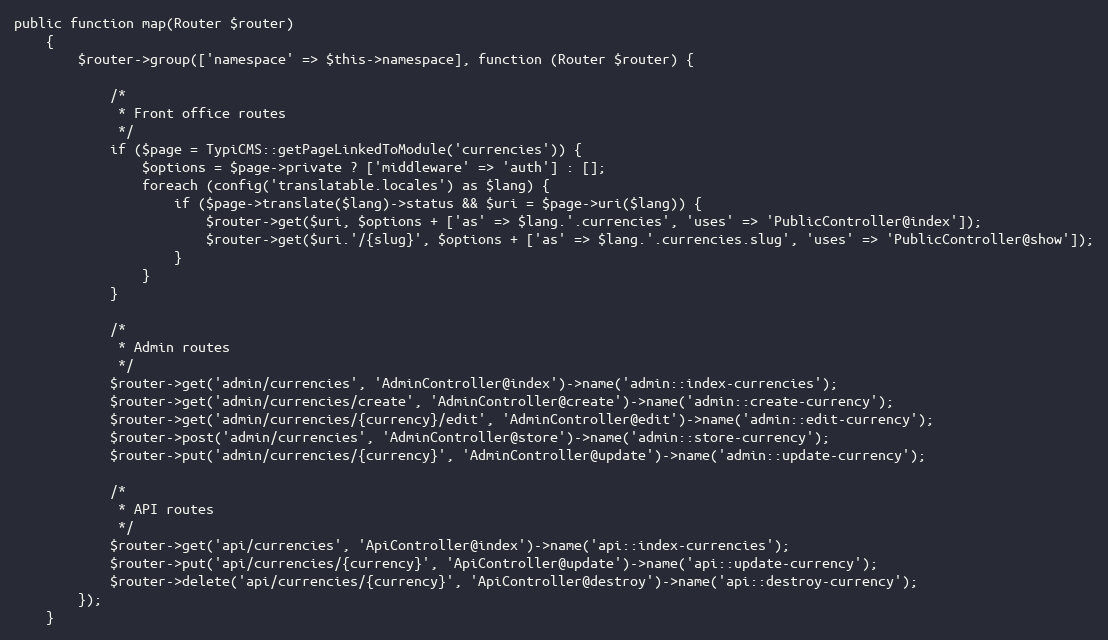
Language: PHP
public function map(Router $router)
    {
        $router->group(['namespace' => $this->namespace], function (Router $router) {

            /*
             * Front office routes
             */
            if ($page = TypiCMS::getPageLinkedToModule('currencies')) {
                $options = $page->private ? ['middleware' => 'auth'] : [];
                foreach (config('translatable.locales') as $lang) {
                    if ($page->translate($lang)->status && $uri = $page->uri($lang)) {
                        $router->get($uri, $options + ['as' => $lang.'.currencies', 'uses' => 'PublicController@index']);
                        $router->get($uri.'/{slug}', $options + ['as' => $lang.'.currencies.slug', 'uses' => 'PublicController@show']);
                    }
                }
            }

            /*
             * Admin routes
             */
            $router->get('admin/currencies', 'AdminController@index')->name('admin::index-currencies');
            $router->get('admin/currencies/create', 'AdminController@create')->name('admin::create-currency');
            $router->get('admin/currencies/{currency}/edit', 'AdminController@edit')->name('admin::edit-currency');
            $router->post('admin/currencies', 'AdminController@store')->name('admin::store-currency');
            $router->put('admin/currencies/{currency}', 'AdminController@update')->name('admin::update-currency');

            /*
             * API routes
             */
            $router->get('api/currencies', 'ApiController@index')->name('api::index-currencies');
            $router->put('api/currencies/{currency}', 'ApiController@update')->name('api::update-currency');
            $router->delete('api/currencies/{currency}', 'ApiController@destroy')->name('api::destroy-currency');
        });
    }